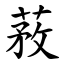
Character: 䓮